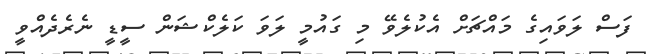
ފަސް ލަވައިގެ މައްޗަށް އެކުލެވޭ މި ގައުމީ ލަވަ ކަލެކްޝަން ސީޑީ ނެރެދެއްވީ